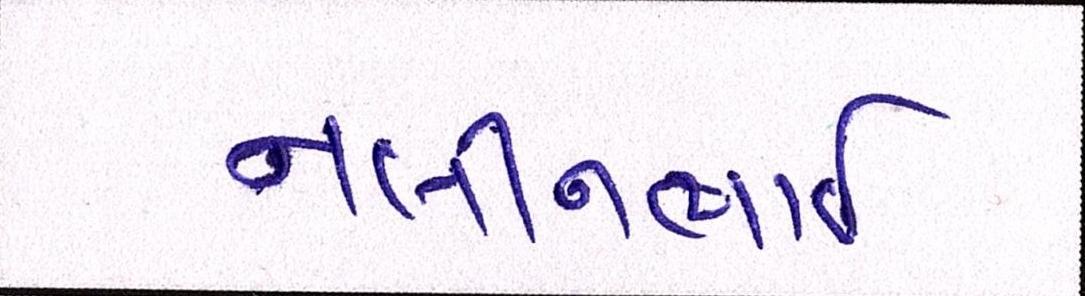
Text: નલીનભાઈ